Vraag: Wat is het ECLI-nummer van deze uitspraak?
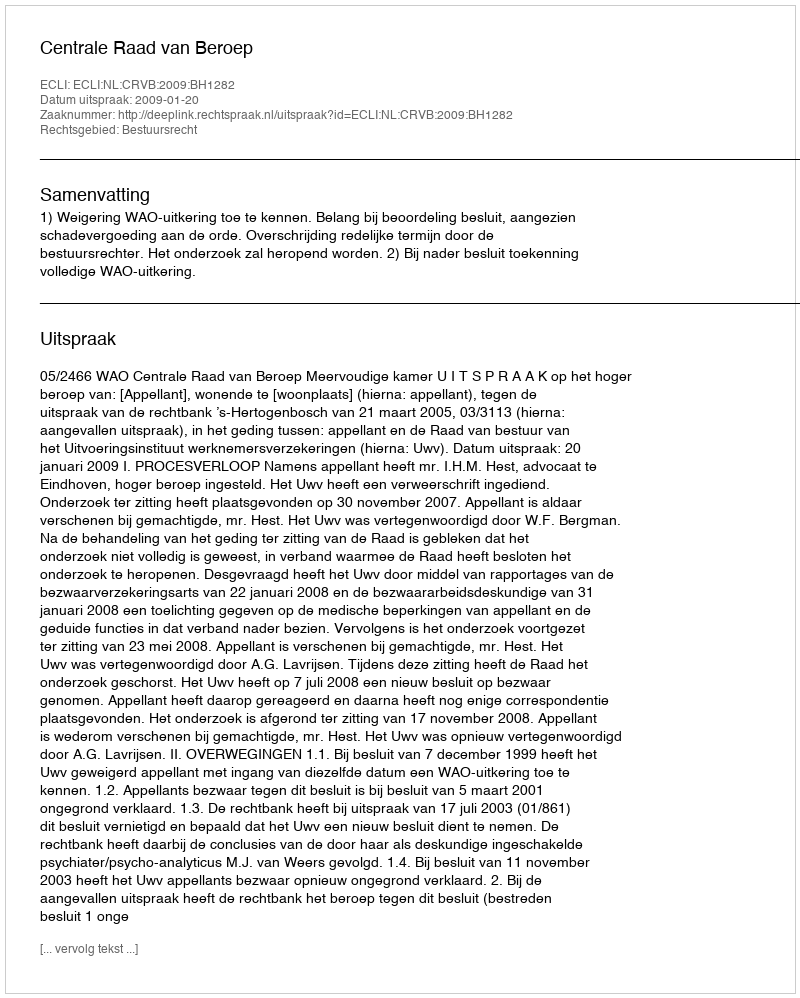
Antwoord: ECLI:NL:CRVB:2009:BH1282